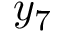
y _ { 7 }